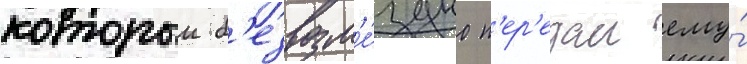
которыи б'езвозм'е́здно п'ер'едал ему́